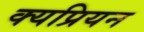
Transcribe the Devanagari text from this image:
क्यप्रियन